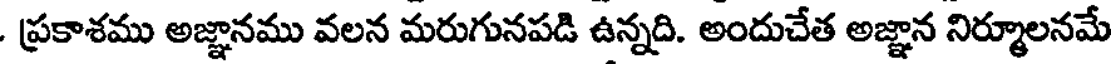
. ప్రకాశము అజ్ఞానము వలన మరుగునపడి ఉన్నది. అందుచేత అజ్ఞాన నిర్మూలనమే